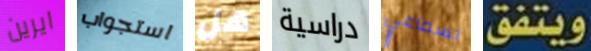
ايرين استجواب هل دراسية لسماعي ويتفق